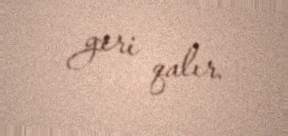
geri qalır.